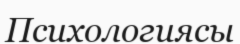
Психологиясы